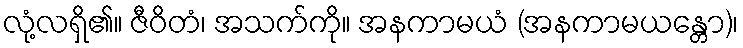
လုံ့လရှိ၏။ ဇီဝိတံ၊ အသက်ကို။ အနကာမယံ (အနကာမယန္တော)၊